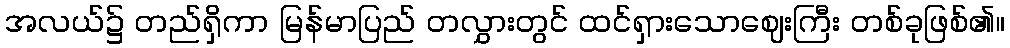
အလယ်၌ တည်ရှိကာ မြန်မာပြည် တလွှားတွင် ထင်ရှားသောဈေးကြီး တစ်ခုဖြစ်၏။